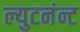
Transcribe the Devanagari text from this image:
ल्युटनंन्ट